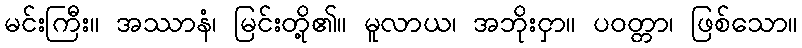
မင်းကြီး။ အဿာနံ၊ မြင်းတို့၏။ မူလာယ၊ အဘိုးငှာ။ ပဝတ္တာ၊ ဖြစ်သော။